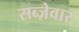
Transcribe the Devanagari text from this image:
सब्ज़ेवार